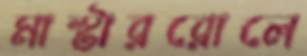
মাস্টাররোলে